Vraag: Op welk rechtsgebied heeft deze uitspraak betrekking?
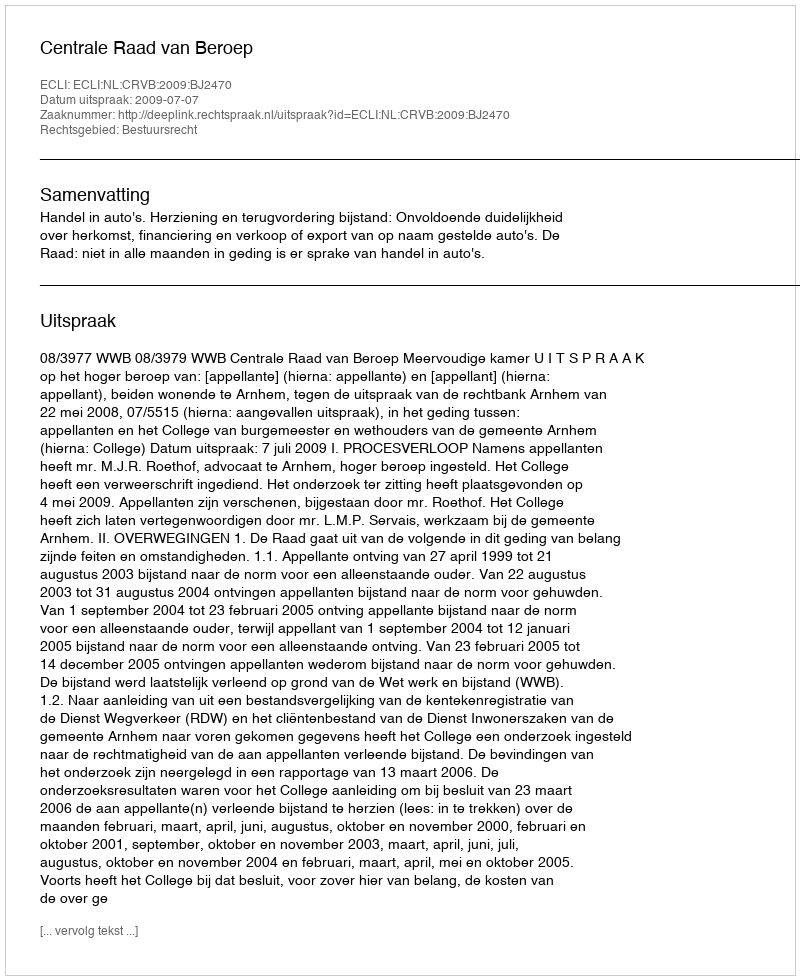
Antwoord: Bestuursrecht